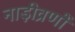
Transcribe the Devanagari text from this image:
नाड़ीव्रणों